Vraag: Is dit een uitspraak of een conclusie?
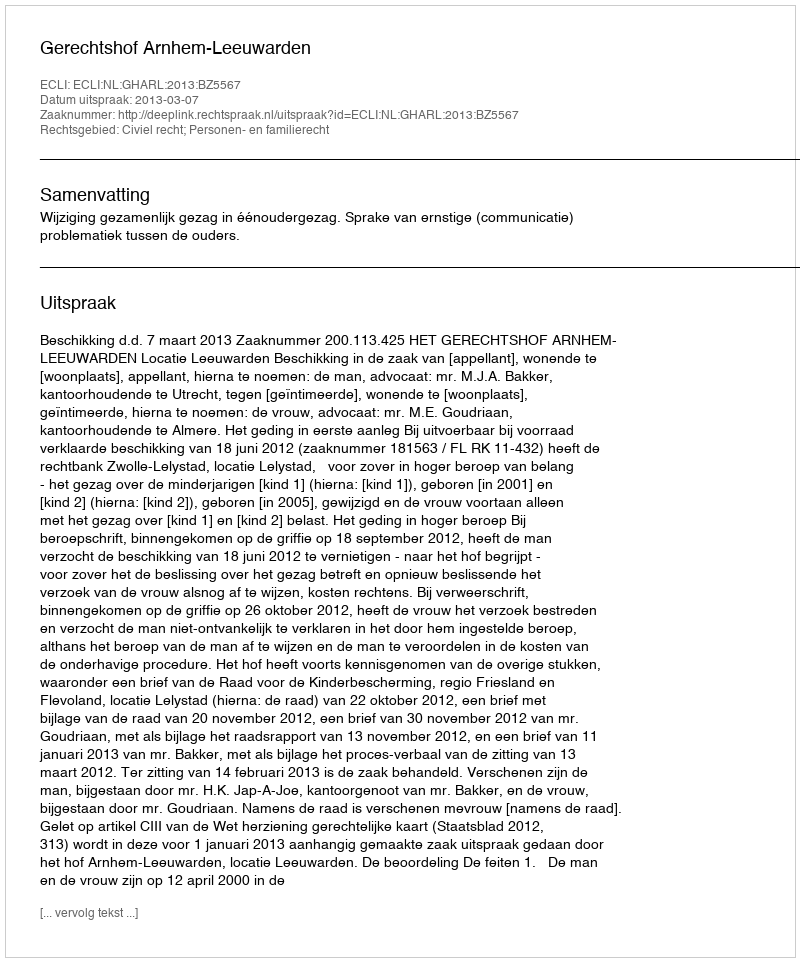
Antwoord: Uitspraak